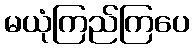
မယုံကြည်ကြပေ